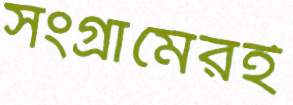
সংগ্রামেরই